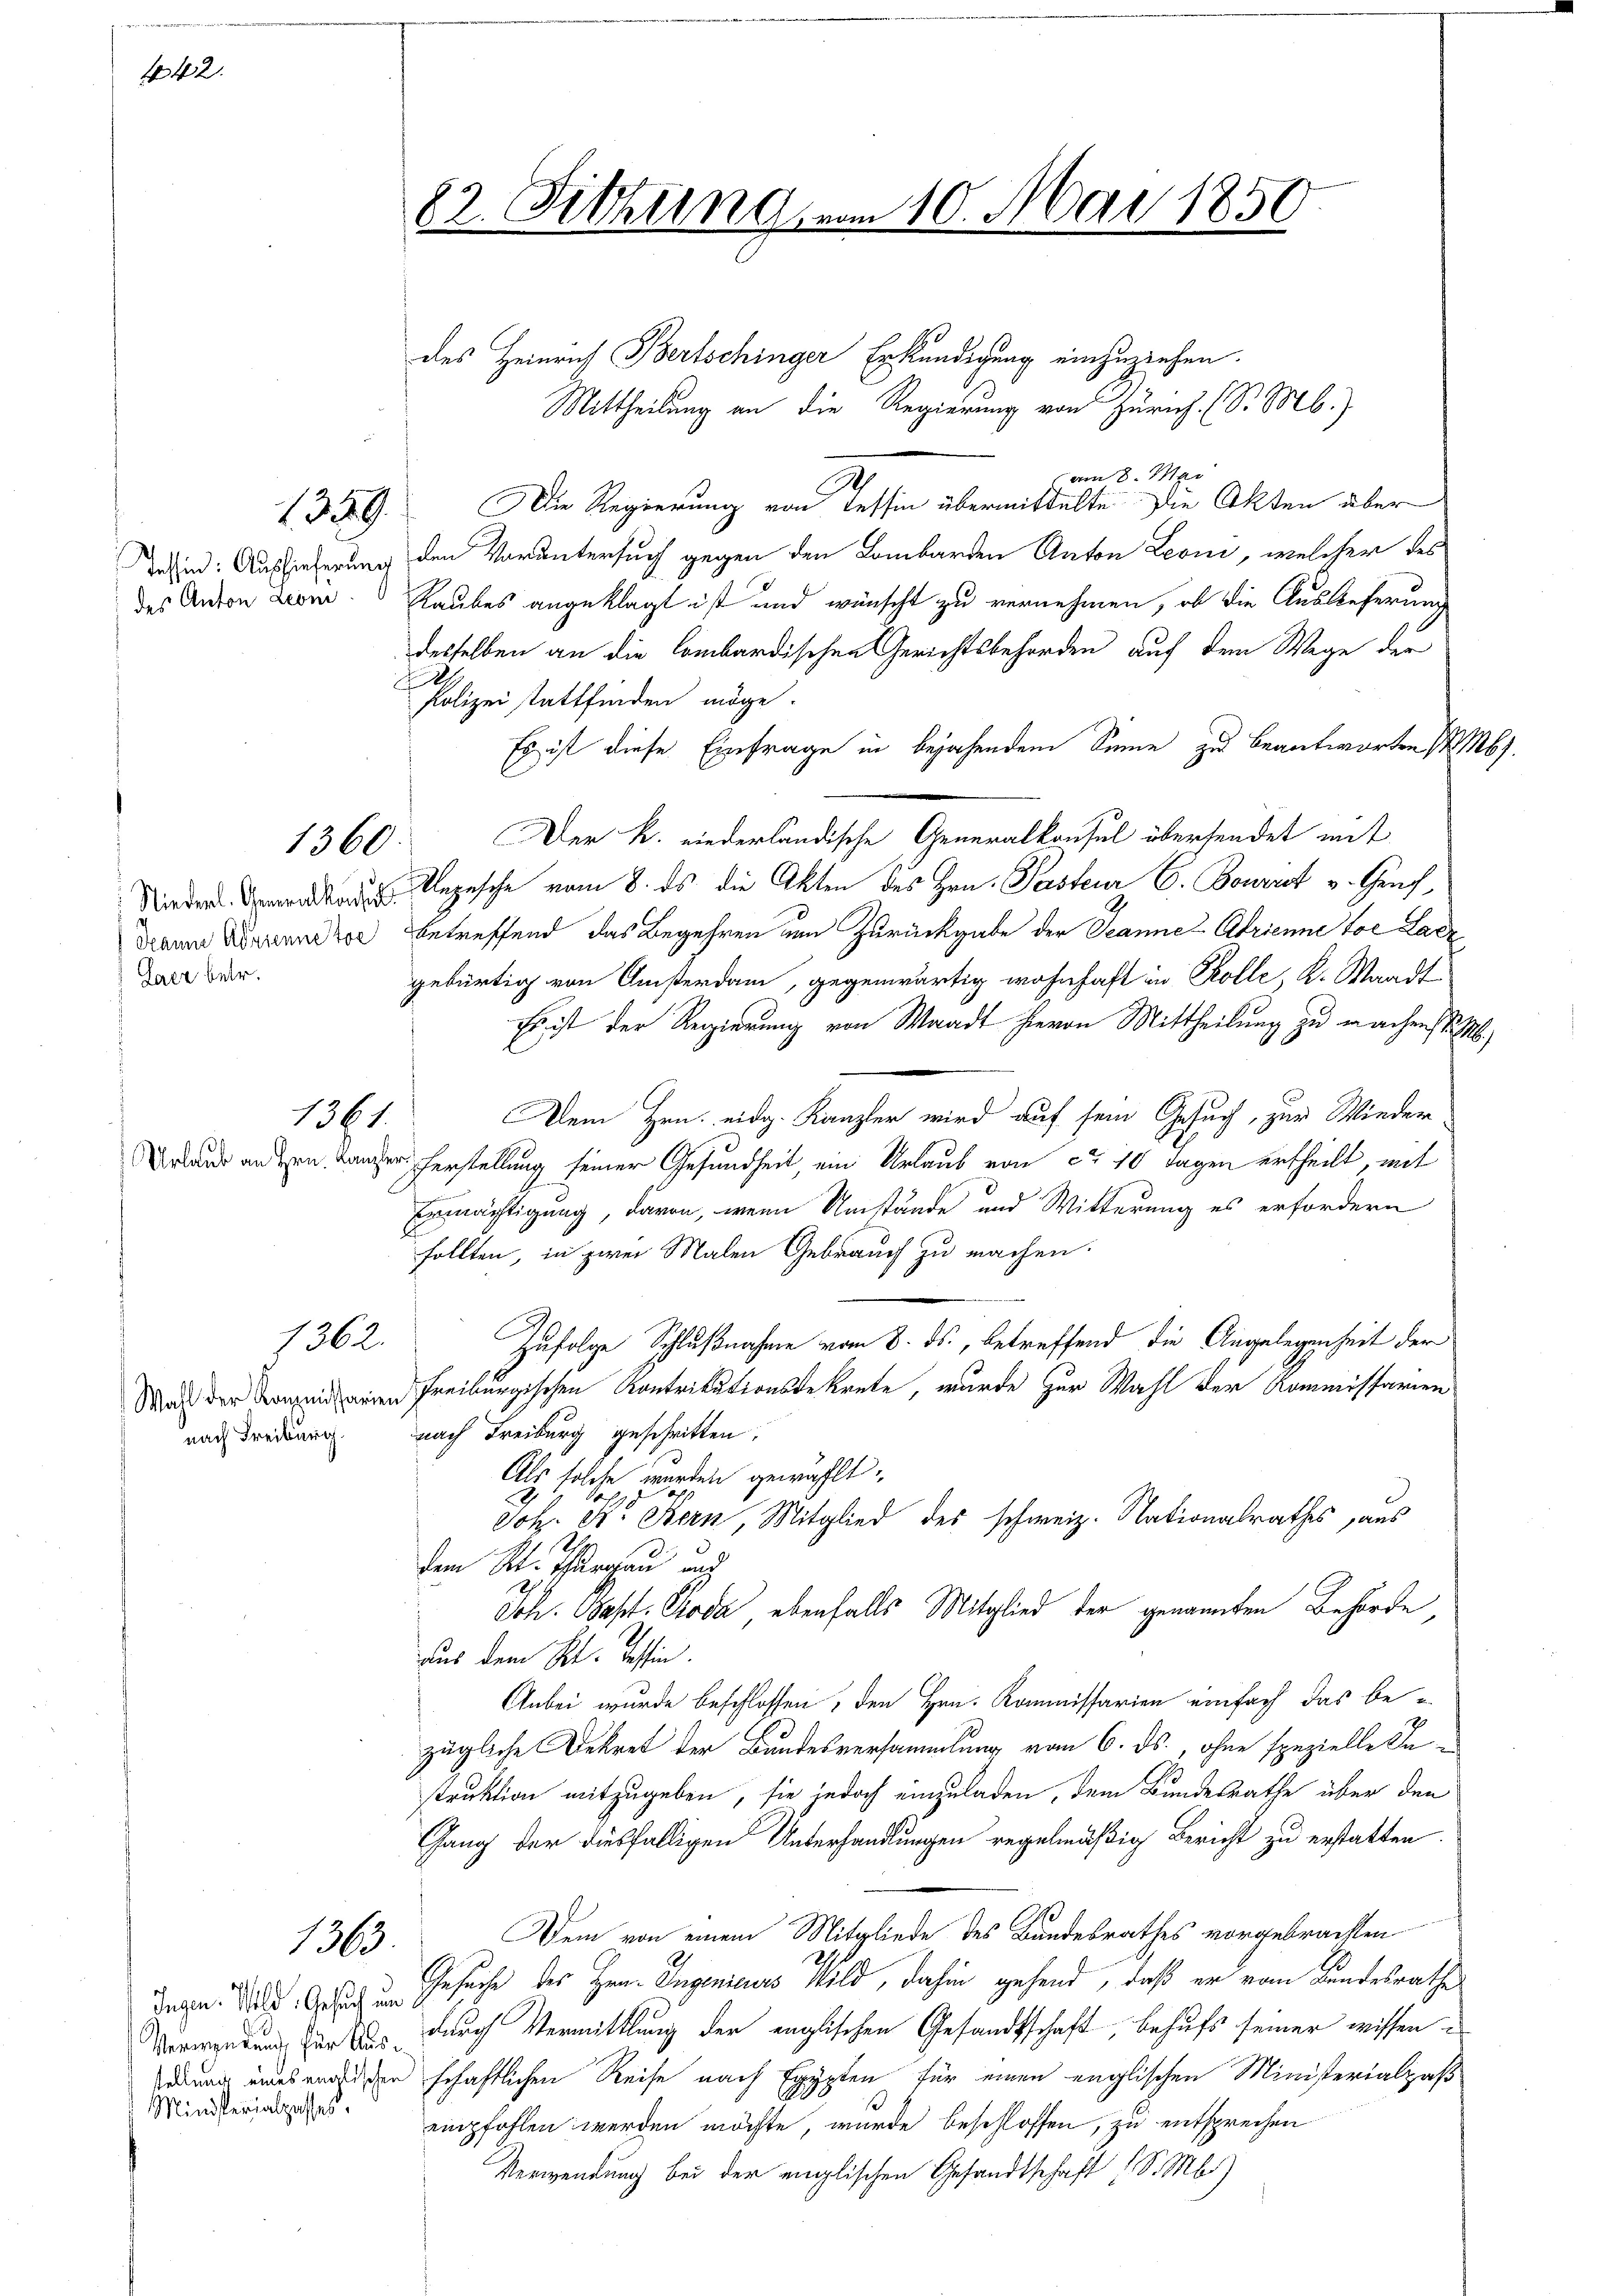
1442.

Niederl. Generalkonsul
Gaer betr.

1359.

1360

1361.

1362.

nach Freiburg

1363.

Ministerialpasses.

82. Sitzung vom 10. Mai 1850

des Heinrich Bertschinger Erkundigung einzuziehen.
Mittheilung an die Regierung von Zürich. (S. Mb.)
am 8. Mai
Die Regierung von Tessin übermittelte Die Akten über
Tesind: Auslieferung den Voruntersuch gegen den Lombarden Anton Leoni, welcher des
des Anton Dom. Raubes angeklagt ist und wünscht zu vernehmen, ob die Auslieferung
desselben an die Combardischen Gerichtsbehörden auf dem Wege der
J
Polizei stattfinden möge.
Es ist diese Einfrage in bejahendem Sinne zu beantworten St. Ms.
Der k. niederländische Generalkonsul übersendet mit
Rezusche vom 8. ds die Akten des Hrn. Pastenr C. Bourrot v. Genf,
Draun Mariandor betreffend das Begehren um Zurückgabe der Jeannes Abrienne toc Ladegebürtig von Geisterdam, gegenwärtig wohnhaft in Rolle, K. Waadt
Es ist der Regierung von Waadt hievon Mittheilung zu machenst. M
Dem Hrn. eidg. Kanzler wird auf sein Gesuch, zur Wieder
rand an den Lander Herstellung seiner Gesundheit, ein Urlaub von ca 10 Tagen ertheilt, mit
Ermächtigung, daran, wenn Umstände und Witterung es erfordern
sollten, in zwei Malen Gebrauch zu machen.
Zufolge Schlußnahme vom 8. ds., betreffend die Angelegenheit der
Nach der einen Freiburgischen Kontrikutionsdekrete, wurde zur Wahl der Kommissarien
nach Freiburg geschritten.
Als solche werden gewählt.
2
Joh. St. Bern, Mitglied des schweiz. Nationalrathes, aus
dem St. Thurgau und
Joh. Bast. Soda ebenfalls Mitglied der genannten Behörde,
aus dem Kt. Tessin.
Anbei wurde beschlossen, den Hrn. Kommissarien einfach das bezügliche Dekret der Bundesversammlung vom 6. ds., ohne spezielle Instruktion mitzugeben, sie jedoch einzuladen, dem Bundesrathe über den
Gang der diesfälligen Unterhandlungen regelmäßig Bericht zu erstatten
Dem von einem Mitgliede des Bundesrathes vorgebrachten
Degen das Gesich in Gesuche des Herrn Ingenieurs Wild, dahin gehend, daß er vom Bundesrathe
Verwendung der das durch Vermittlung der englischen Gesandtschaft, behufs seiner wissen
edung eines versichen schaftlichen Reise nach Egypten für einen englischen Ministerialpaß
empfohlen werden möchte, wurde beschlossen, zu entsprechen
Verwendung bei der englischen Gesandtschaft (S. M.)